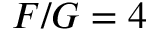
F / G = 4